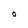
Character: O